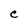
Character: C